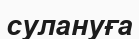
сулануға